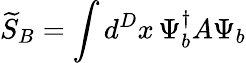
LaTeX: \widetilde{S}_{B}=\int d^{D}x\, \Psi_{b}^{\dagger}A\Psi_{b}